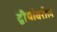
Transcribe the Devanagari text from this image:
द्वीपांवरील